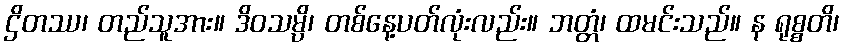
ဌိတဿ၊ တည်သူအား။ ဒိဝသမ္ပိ၊ တစ်နေ့ပတ်လုံးလည်း။ ဘတ္တံ၊ ထမင်းသည်။ န ရုစ္စတိ၊